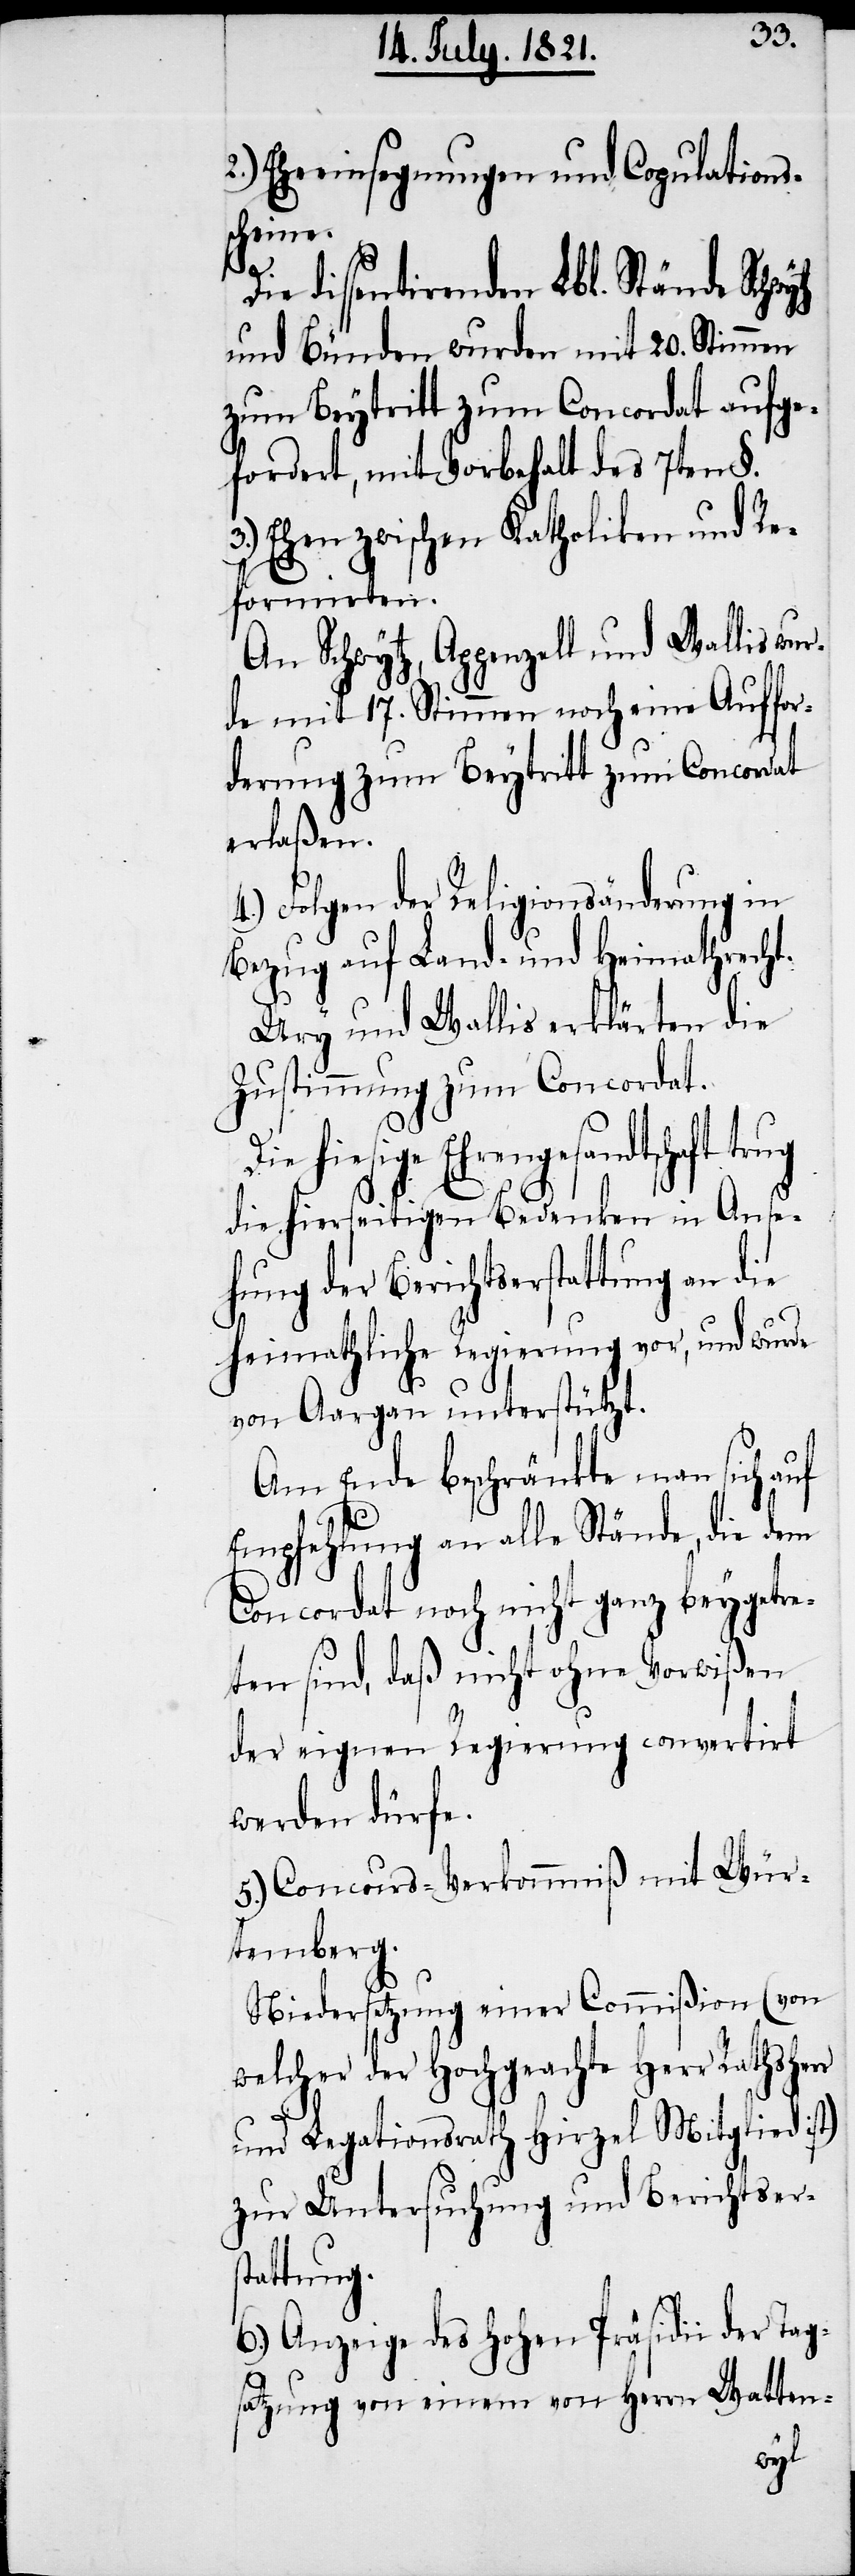
Eheeinsegnungen und Copulations¬
scheine.
Die dissentirenden Lbl. Stände Schwytz
und Bünden wurden mit 20. Stimmen
zum Beytritt zum Concordat aufge¬
fordert, mit Vorbehalt des 7ten §.
3.) Ehen zwischen Katholiken und Re¬
formirten.
An Schwytz, Appenzell und Wallis wur¬
de mit 17. Stimmen noch eine Auffor¬
derung zum Beytritt zum Concordat
erlaßen.
4.) Folgen der Religionsänderung in
Bezug auf Land- und Heimathrecht.
Ury und Wallis erklärten die
Zustimmung zum Concordat.
hiesige Ehrengesandtschaft
die hierseitigen Bedenken in Anse¬
hung der Berichtserstattung an die
heimathliche Regierung vor, und wurde
von Aargau unterstützt.
Am Ende beschränkte man sich auf
Empfehlung an alle Stände, die dem
Concordat noch nicht ganz beygetre¬
ten sind, daß nicht ohne Vorwißen
der eigenen Regierung convertirt
werden dürfe.
5.) Concurs-Verkommniß mit Wür¬
temberg.
Niedersetzung einer Commißion (von
welcher der Hochgeachte Herr Rathsher¬
und Legationsrath Hirzel Mitglied ist)
zur Untersuchung und Berichtsers¬
tattung.
6.) Anzeige des hohen Präsidii der Tag¬
satzung von einem von Herrn Watten-
r